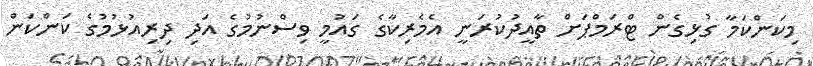
މިކަންކަމާ ގުޅިގެން ޓްރަމްޕަށް ތާއީދުކުރަނީ އެމެރިކާގެ ގައުމީ ވިސްނުމުގެ އަދި ދިރިއުޅުމުގެ ކަންކަން